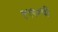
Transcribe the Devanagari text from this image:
१९९०ची